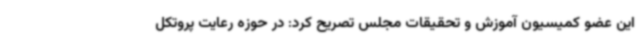
این عضو کمیسیون آموزش و تحقیقات مجلس تصریح کرد: در حوزه رعایت پروتکل